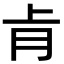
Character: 𮌈